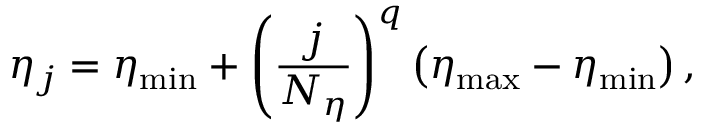
\eta _ { j } = \eta _ { \mathrm { m i n } } + \left( \frac { j } { N _ { \eta } } \right) ^ { q } \left( \eta _ { \mathrm { m a x } } - \eta _ { \mathrm { m i n } } \right) ,